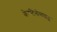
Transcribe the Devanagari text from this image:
केरटिनोसाइट्स